Indian journal of veterinary science and animal husbandry - Volumes 24-25, 1954-1955
Year: 1954
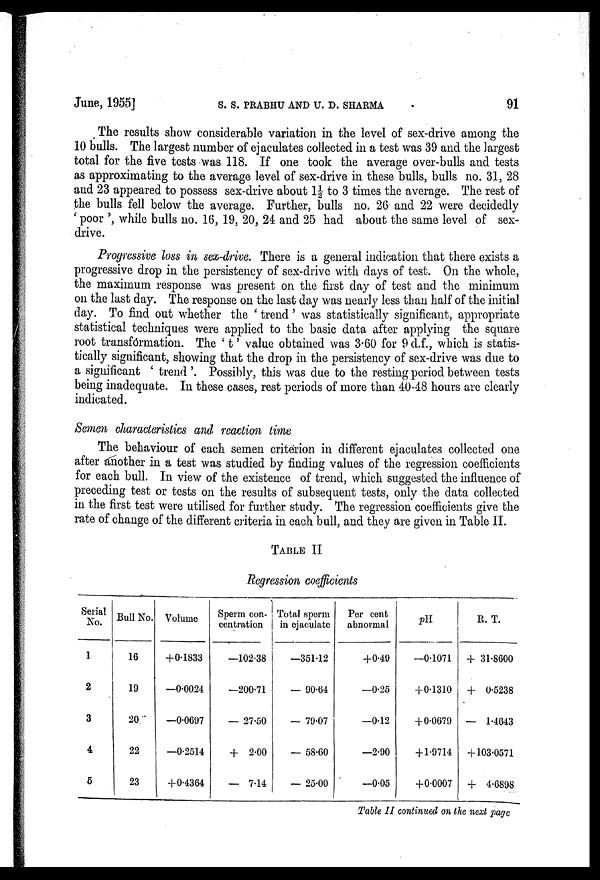
June, 1955]
S.
S.
PRABHU
AND
U.
D.
SHARMA
91
The results show considerable variation in the level of sex-drive among the
10 bulls. The largest number of ejaculates collected in a test was 39 and the largest
total for the five tests was 118. If one took the average over-bulls and tests
as approximating to the average level of sex-drive in these bulls, bulls no. 31, 28
and 23 appeared to possess sex-drive about 1½ to 3 times the average. The rest of
the bulls fell below the average. Further, bulls no. 26 and 22 were decidedly
' poor ', while bulls no. 16, 19, 20, 24 and 25 had about the same level of sex-
drive.
Progressive loss in sex-drive. There is a general indication that there exists a
progressive drop in the persistency of sex-drive with days of test. On the whole,
the maximum response was present on the first day of test and the minimum
on the last day. The response on the last day was nearly less than half of the initial
day. To find out whether the ' trend' was statistically significant, appropriate
statistical techniques were applied to the basic data after applying the square
root transformation. The 't' value obtained was 3.60 for 9 d.f., which is statis-
tically significant, showing that the drop in the persistency of sex-drive was due to
a significant ' trend '. Possibly, this was due to the resting period between tests
being inadequate. In these cases, rest periods of more than 40-48 hours are clearly
indicated.
Semen characteristics and reaction time
The behaviour of each semen criterion in different ejaculates collected one
after another in a test was studied by finding values of the regression coefficients
for each bull. In view of the existence of trend, which suggested the influence of
preceding test or tests on the results of subsequent tests, only the data collected
in the first test were utilised for further study. The regression coefficients give the
rate of change of the different criteria in each bull, and they are given in Table II.
TABLE II
Regression coefficients
Serial
No.
1
2
3
4
5
Bull No.
16
19
20
22
23
Volume
+0.1833
—0.0024
—0.0697
—0.2514
+0.4364
Sperm con-
centration
—102.38
—200.71
— 27.50
+ 2.00
— 7.14
Total sperm
in ejaculate
—351.12
— 90.64
— 79.07
— 58.60
— 25.00
Per cent
abnormal
+0.49
—0.25
—0.12
—2.90
—0.05
pH
—0.1071
+0.1310
+0.0679
+1.9714
+0.0007
E. T.
+ 31.8600
+ 0.5238
— 1.4643
+103.0571
+ 4.6898
Table II continued on the next page